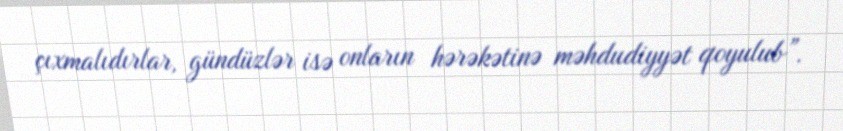
çıxmalıdırlar, gündüzlər isə onların hərəkətinə məhdudiyyət qoyulub”.